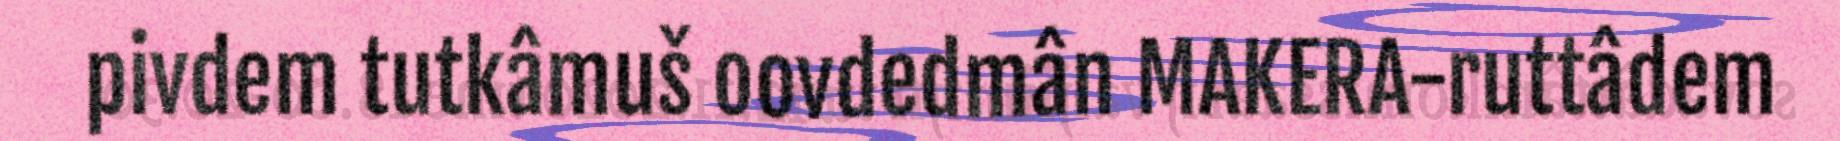
pivdem tutkâmuš oovdedmân MAKERA-ruttâdem